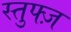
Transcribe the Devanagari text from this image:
स्तुफ्ज़